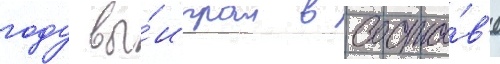
году вы́играл в соста́в'е